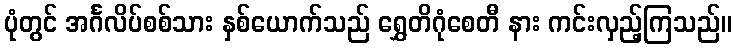
ပုံတွင် အင်္ဂလိပ်စစ်သား နှစ်ယောက်သည် ရွှေတိဂုံစေတီ နား ကင်းလှည့်ကြသည်။